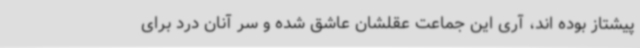
پیشتاز بوده اند، آری این جماعت عقلشان عاشق شده و سر آنان درد برای